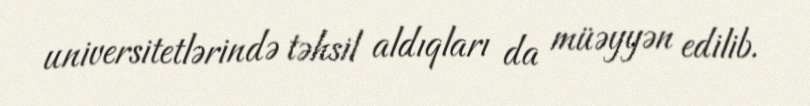
universitetlərində təhsil aldıqları da müəyyən edilib.